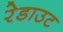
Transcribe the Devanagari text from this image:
रेडाउट